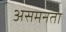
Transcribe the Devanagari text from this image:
असमनता